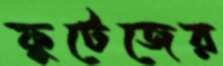
ফুটেজের